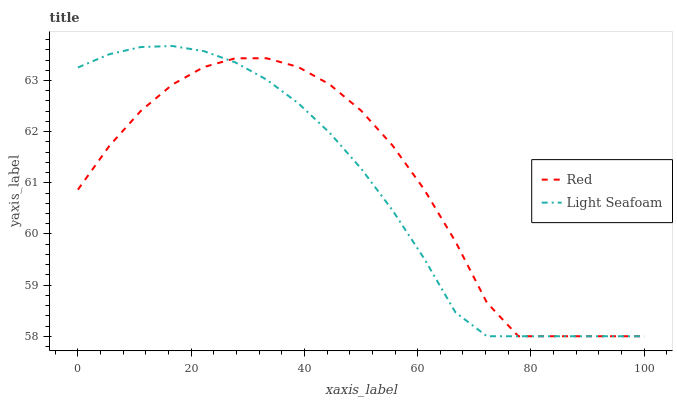
| xaxis_label | Red | Light Seafoam |
 | --- | --- | --- |
 | 0 | 60.9 | 63.3 |
 | 5.56 | 61.7 | 63.5 |
 | 11.1 | 62.4 | 63.7 |
 | 16.7 | 62.9 | 63.7 |
 | 22.2 | 63.3 | 63.6 |
 | 27.8 | 63.4 | 63.4 |
 | 33.3 | 63.4 | 63 |
 | 38.9 | 63.3 | 62.6 |
 | 44.4 | 62.9 | 62 |
 | 50 | 62.4 | 61.3 |
 | 55.6 | 61.7 | 60.5 |
 | 61.1 | 60.9 | 59.5 |
 | 66.7 | 59.9 | 58.5 |
 | 72.2 | 58.7 | 58 |
 | 77.8 | 58 | 58 |
 | 83.3 | 58 | 58 |
 | 88.9 | 58 | 58 |
 | 94.4 | 58 | 58 |
 | 100 | 58 | 58 |